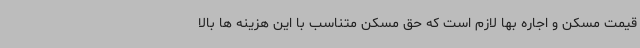
قیمت مسکن و اجاره بها لازم است که حق مسکن متناسب با این هزینه ها بالا